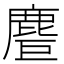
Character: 𪊤